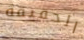
الحقيقة